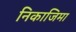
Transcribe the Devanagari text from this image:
निकाजिमा